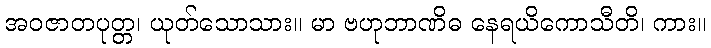
အဝဇာတပုတ္တ၊ ယုတ်သောသား။ မာ ဗဟုဘာဏိဓ နေရယိကောသီတိ၊ ကား။